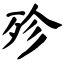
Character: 殄